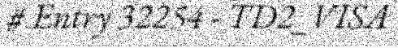
# Entry 32254 - TD2_VISA